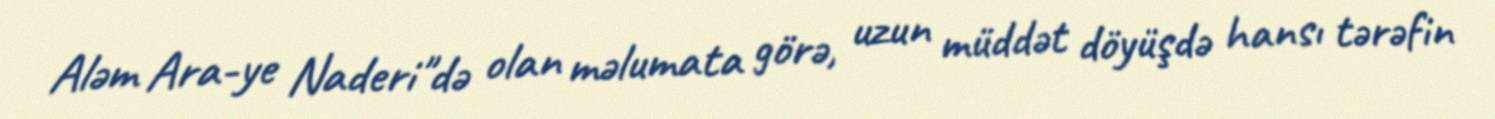
Aləm Ara-ye Naderi"də olan məlumata görə, uzun müddət döyüşdə hansı tərəfin